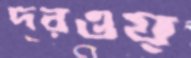
দরওয়